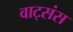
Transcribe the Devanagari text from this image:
वाट्संस